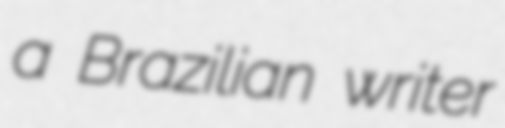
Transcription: a Brazilian writer